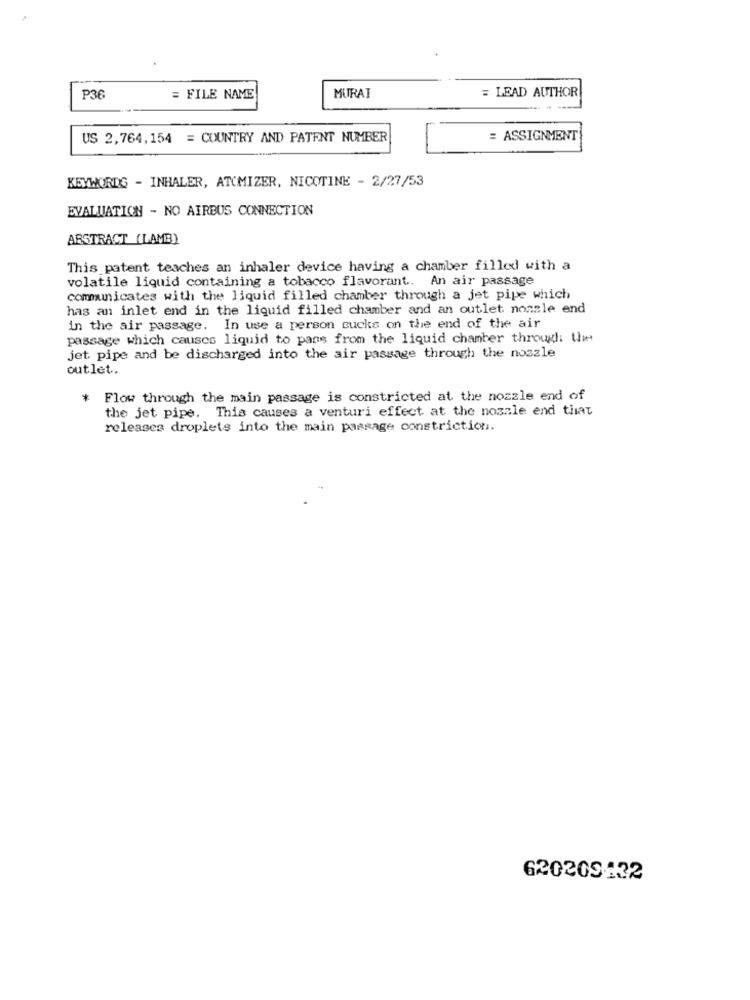
= LEAD AUTHOR
P36
= FILE NAME
MURAI
US 2,764,154 = COUNTRY AND PATENT NUMBER
= ASSIGNMENT
KEYWORDG - INHALER, ATCMIZER, NICOTINE - 2/27/53
EVALUATION - NO AIRBUS CONNECTION
ABSTRACT (LAMB)
This patent teaches an inhaler device having a chamber filled with a
volatile liquid containing a tobacco flavorant .. An air passage
communicates with the liquid filled chamber through a jet pipe which
has an inlet end in the liquid filled chamber and an outlet nozzle end
in the air passage. In use a person sucks on the end of the air
passage which causes liquid to pans from the liquid chamber through the
jet pipe and be discharged into the air passage through the nozzle
outlet.
* Flow through the main passage is constricted at the nozzle end of
the jet pipe. This causes a venturi effect at the nosale end that
releases droplets into the main passage constriction.
620209132